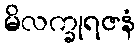
မိလက္ခုရဇနံ